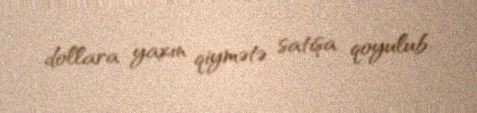
dollara yaxın qiymətə satışa qoyulub.